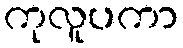
ကုလူပကာ